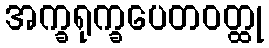
အက္ခရုက္ခပေတဝတ္ထု